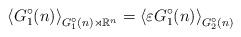
LaTeX: \begin{align*}\left\langle G_{1}^{\circ }(n)\right\rangle _{G_{1}^{\circ }(n)\rtimes \mathbb{R}^{n}}=\left\langle \varepsilon G_{1}^{\circ }(n)\right\rangle_{G_{2}^{\circ }(n)}\end{align*}